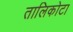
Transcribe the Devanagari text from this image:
तालिकोटा